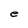
Character: e